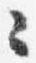
々